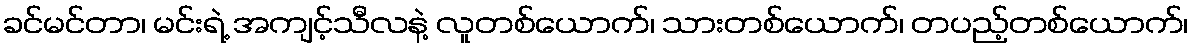
ခင်မင်တာ၊ မင်းရဲ့ အကျင့်သီလနဲ့ လူတစ်ယောက်၊ သားတစ်ယောက်၊ တပည့်တစ်ယောက်၊